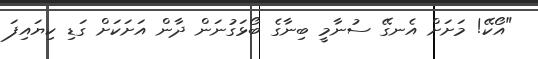
"އޯކޭ! މަށަށް އެނގޭ ސުނާމީ ބިނާގެ ބޯޅަގުނަން ދާން އަށަކަށް ގަޑި ކިޔައިފަ